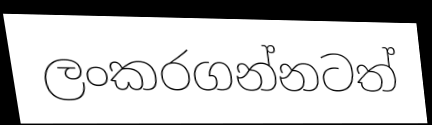
ලංකරගන්නටත්